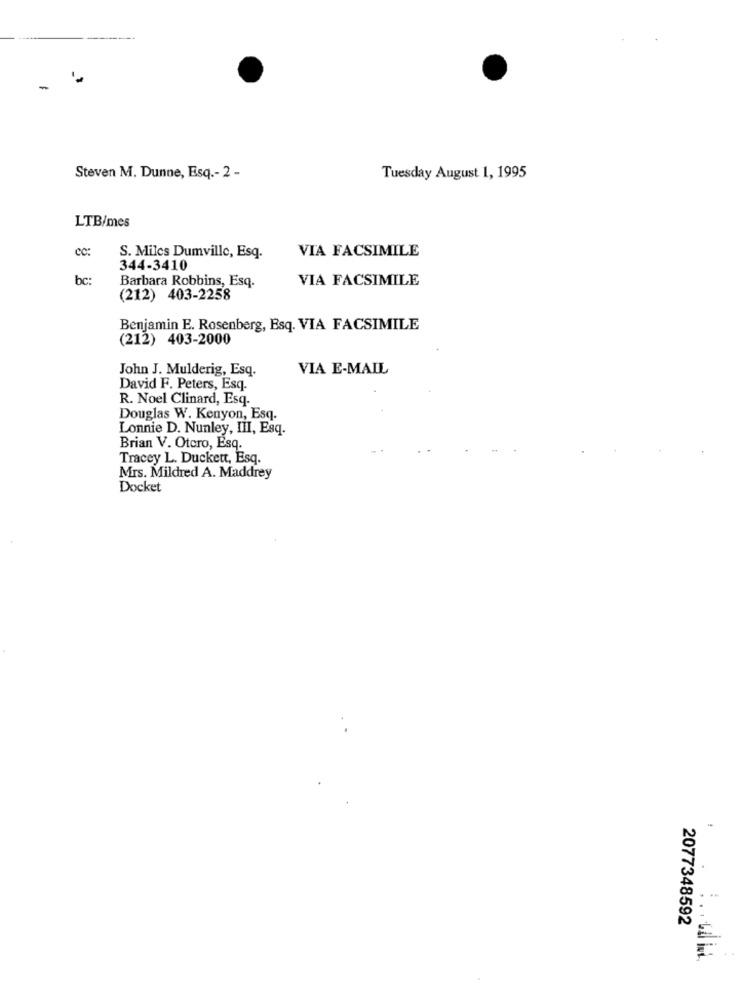
Steven M. Dunne, Esq .- 2 -
Tuesday August 1, 1995
LTB/mes
cc:
VIA FACSIMILE
S. Miles Dumville, Esq.
344-3410
bc:
Barbara Robbins, Esq.
VIA FACSIMILE
(212) 403-2258
Benjamin E. Rosenberg, Esq. VIA FACSIMILE
(212) 403-2000
John J. Mulderig, Esq.
VIA E-MAIL
David F. Peters, Esq.
R. Noel Clinard, Esq.
Douglas W. Kenyon, Esq.
Lonnie D. Nunley, III, Esq.
Brian V. Otcro, Esq.
Tracey L. Duckett, Esq.
Mrs. Mildred A. Maddrey
Docket
2077348592